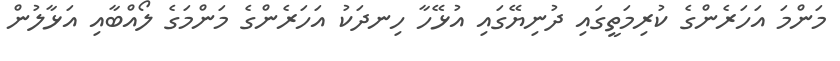
މަންމަ އަހަރެންގެ ކުރިމަތީގައި ދުނިޔޭގައި އުޅޭހާ ހިނދަކު އަހަރެންގެ މަންމަގެ ލޯއްބާއި އަޅާލުން